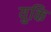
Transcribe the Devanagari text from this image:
युकि